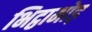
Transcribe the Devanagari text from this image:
भिट्ठामोड़